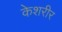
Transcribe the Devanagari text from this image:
केशरीर